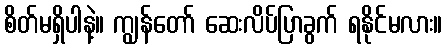
စိတ်မရှိပါနဲ့။ ကျွန်တော် ဆေးလိပ်ပြာခွက် ရနိုင်မလား။